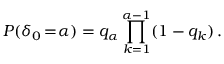
P ( \delta _ { 0 } \! = \! \alpha ) = q _ { \alpha } \prod _ { k = 1 } ^ { \alpha - 1 } ( 1 - q _ { k } ) \, .